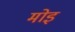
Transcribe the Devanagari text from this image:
मोइ